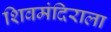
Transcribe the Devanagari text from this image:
शिवमंदिराला